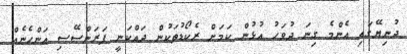
ދުނިޔޭގައި އެންމެ ގިނަ ދުވަހު އުޅުން ކަމަށް ރެކޯޑުތަކުން ދައްކަނީ ފަރަންސޭސި އަންހެނެއް